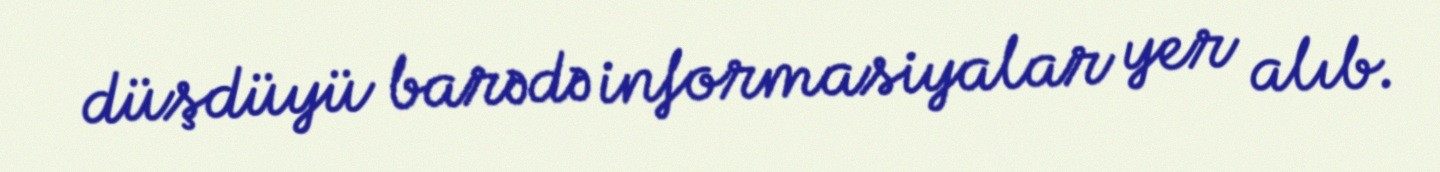
düşdüyü barədə informasiyalar yer alıb.